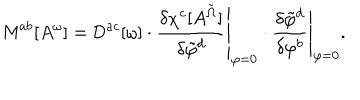
LaTeX: { \sf M } ^ { a b } [ A ^ { \omega } ] = { \sf D } ^ { a c } [ \omega ] \cdot \left. \frac { \delta \chi ^ { c } [ A ^ { \tilde { \Omega } } ] } { \delta \tilde { \varphi } ^ { d } } \right| _ { \varphi = 0 } \cdot \left. \frac { \delta \tilde { \varphi } ^ { d } } { \delta \varphi ^ { b } } \right| _ { \varphi = 0 } .